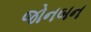
જોનબન